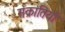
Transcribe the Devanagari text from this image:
संक्रांतियों